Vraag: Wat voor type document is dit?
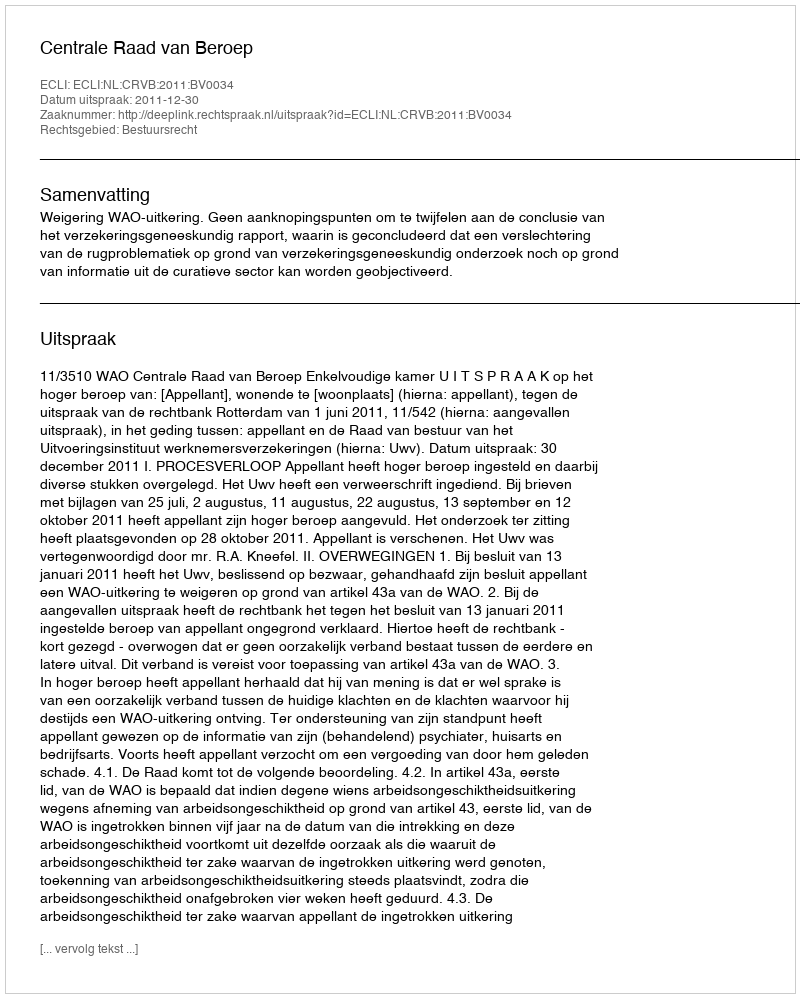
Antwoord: Uitspraak